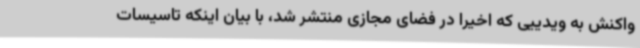
واکنش به ویدییی که اخیرا در فضای مجازی منتشر شد، با بیان اینکه تاسیسات